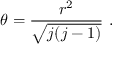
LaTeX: \theta = \frac { r ^ { 2 } } { \sqrt { j ( j - 1 ) } } ~ .